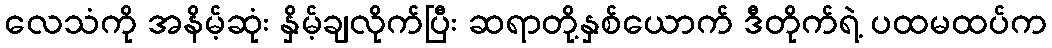
လေသံကို အနိမ့်ဆုံး နှိမ့်ချလိုက်ပြီး ဆရာတို့နှစ်ယောက် ဒီတိုက်ရဲ့ ပထမထပ်က